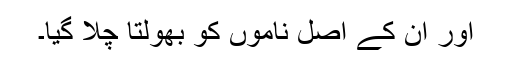
اور ان کے اصل ناموں کو بھولتا چلا گیا۔